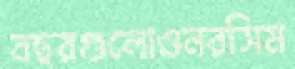
বছরগুলোওনরসিম